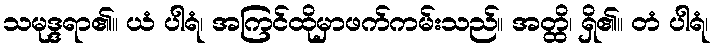
သမုဒ္ဒရာ၏။ ယံ ပါရံ၊ အကြင်ထိုမှာဖက်ကမ်းသည်။ အတ္ထိ၊ ရှိ၏။ တံ ပါရံ၊